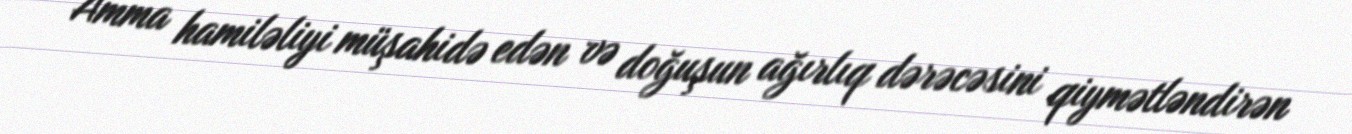
Amma hamiləliyi müşahidə edən və doğuşun ağırlıq dərəcəsini qiymətləndirən